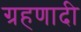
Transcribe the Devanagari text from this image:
ग्रहणादी